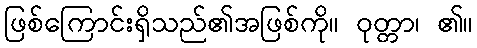
ဖြစ်ကြောင်းရှိသည်၏အဖြစ်ကို။ ဝုတ္တာ၊ ၏။